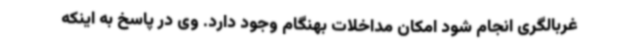
غربالگری انجام شود امکان مداخلات بهنگام وجود دارد. وی در پاسخ به اینکه